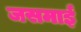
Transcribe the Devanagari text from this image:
जसमाई